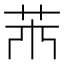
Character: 𦬝